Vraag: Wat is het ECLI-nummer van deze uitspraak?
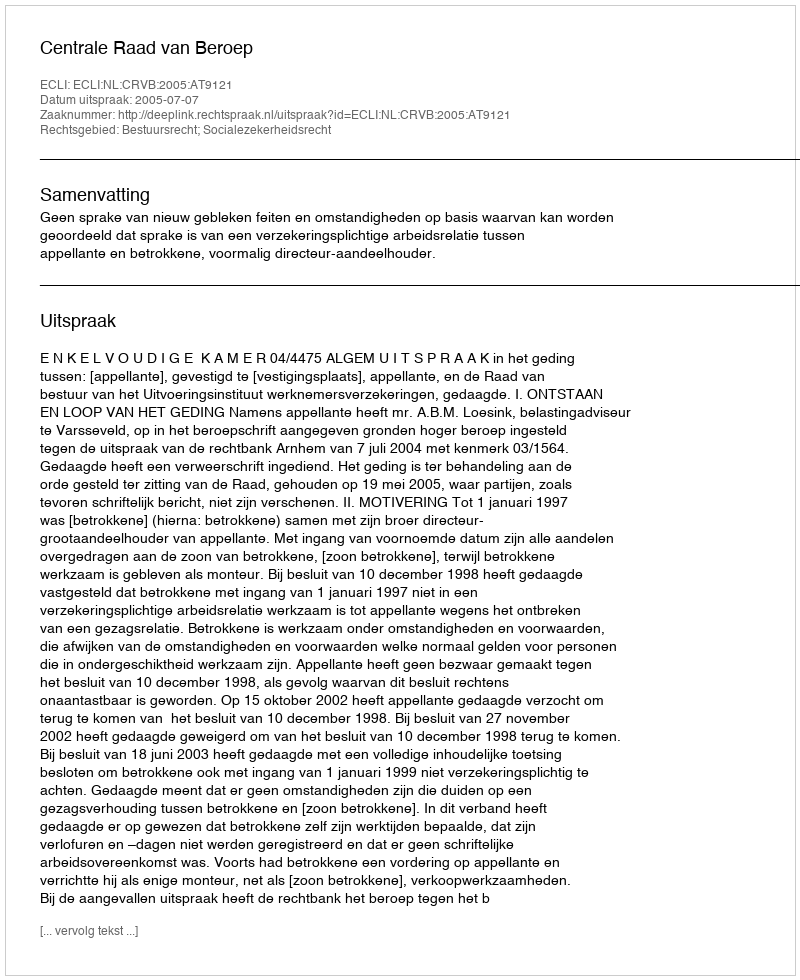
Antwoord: ECLI:NL:CRVB:2005:AT9121